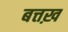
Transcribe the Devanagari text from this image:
बत्तख़